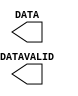
// $Header: /devl/xcs/repo/env/Databases/CAEInterfaces/xec_libs/data/unisims/USR_ACCESS_VIRTEX4.v,v 1.1 2005/05/10 01:20:09 wloo Exp $

`timescale  100 ps / 10 ps

module USR_ACCESS_VIRTEX4 (DATA, DATAVALID);

    output [31:0] DATA;
    output DATAVALID;

endmodule // USR_ACCESS_VIRTEX4